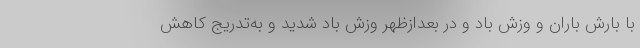
با بارش باران و وزش باد و در بعدازظهر وزش باد شدید و به‌تدریج کاهش